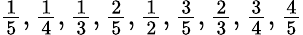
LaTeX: \textstyle{\frac{1}{5}},{\frac{1}{4}},{\frac{1}{3}},{\frac{2}{5}},{\frac{1}{2}},{\frac{3}{5}},{\frac{2}{3}},{\frac{3}{4}},{\frac{4}{5}}